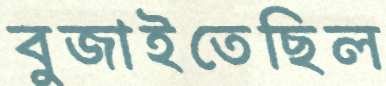
বুজাইতেছিল